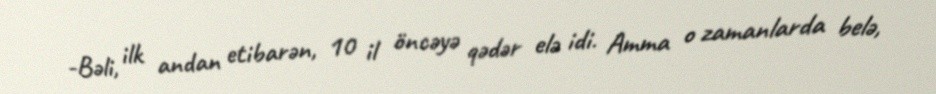
-Bəli, ilk andan etibarən, 10 il öncəyə qədər elə idi. Amma o zamanlarda belə,